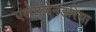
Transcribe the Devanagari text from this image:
एलेगज़ेनडरिया